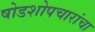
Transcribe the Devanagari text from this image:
षोडशोपचारांचा